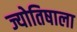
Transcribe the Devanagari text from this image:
ज्योतिषाला